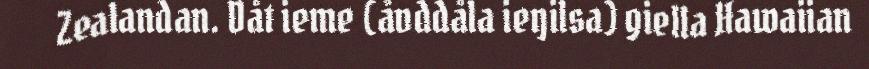
Zealandan. Dåt ieme (åvddåla ieŋilsa) giella Hawaiian